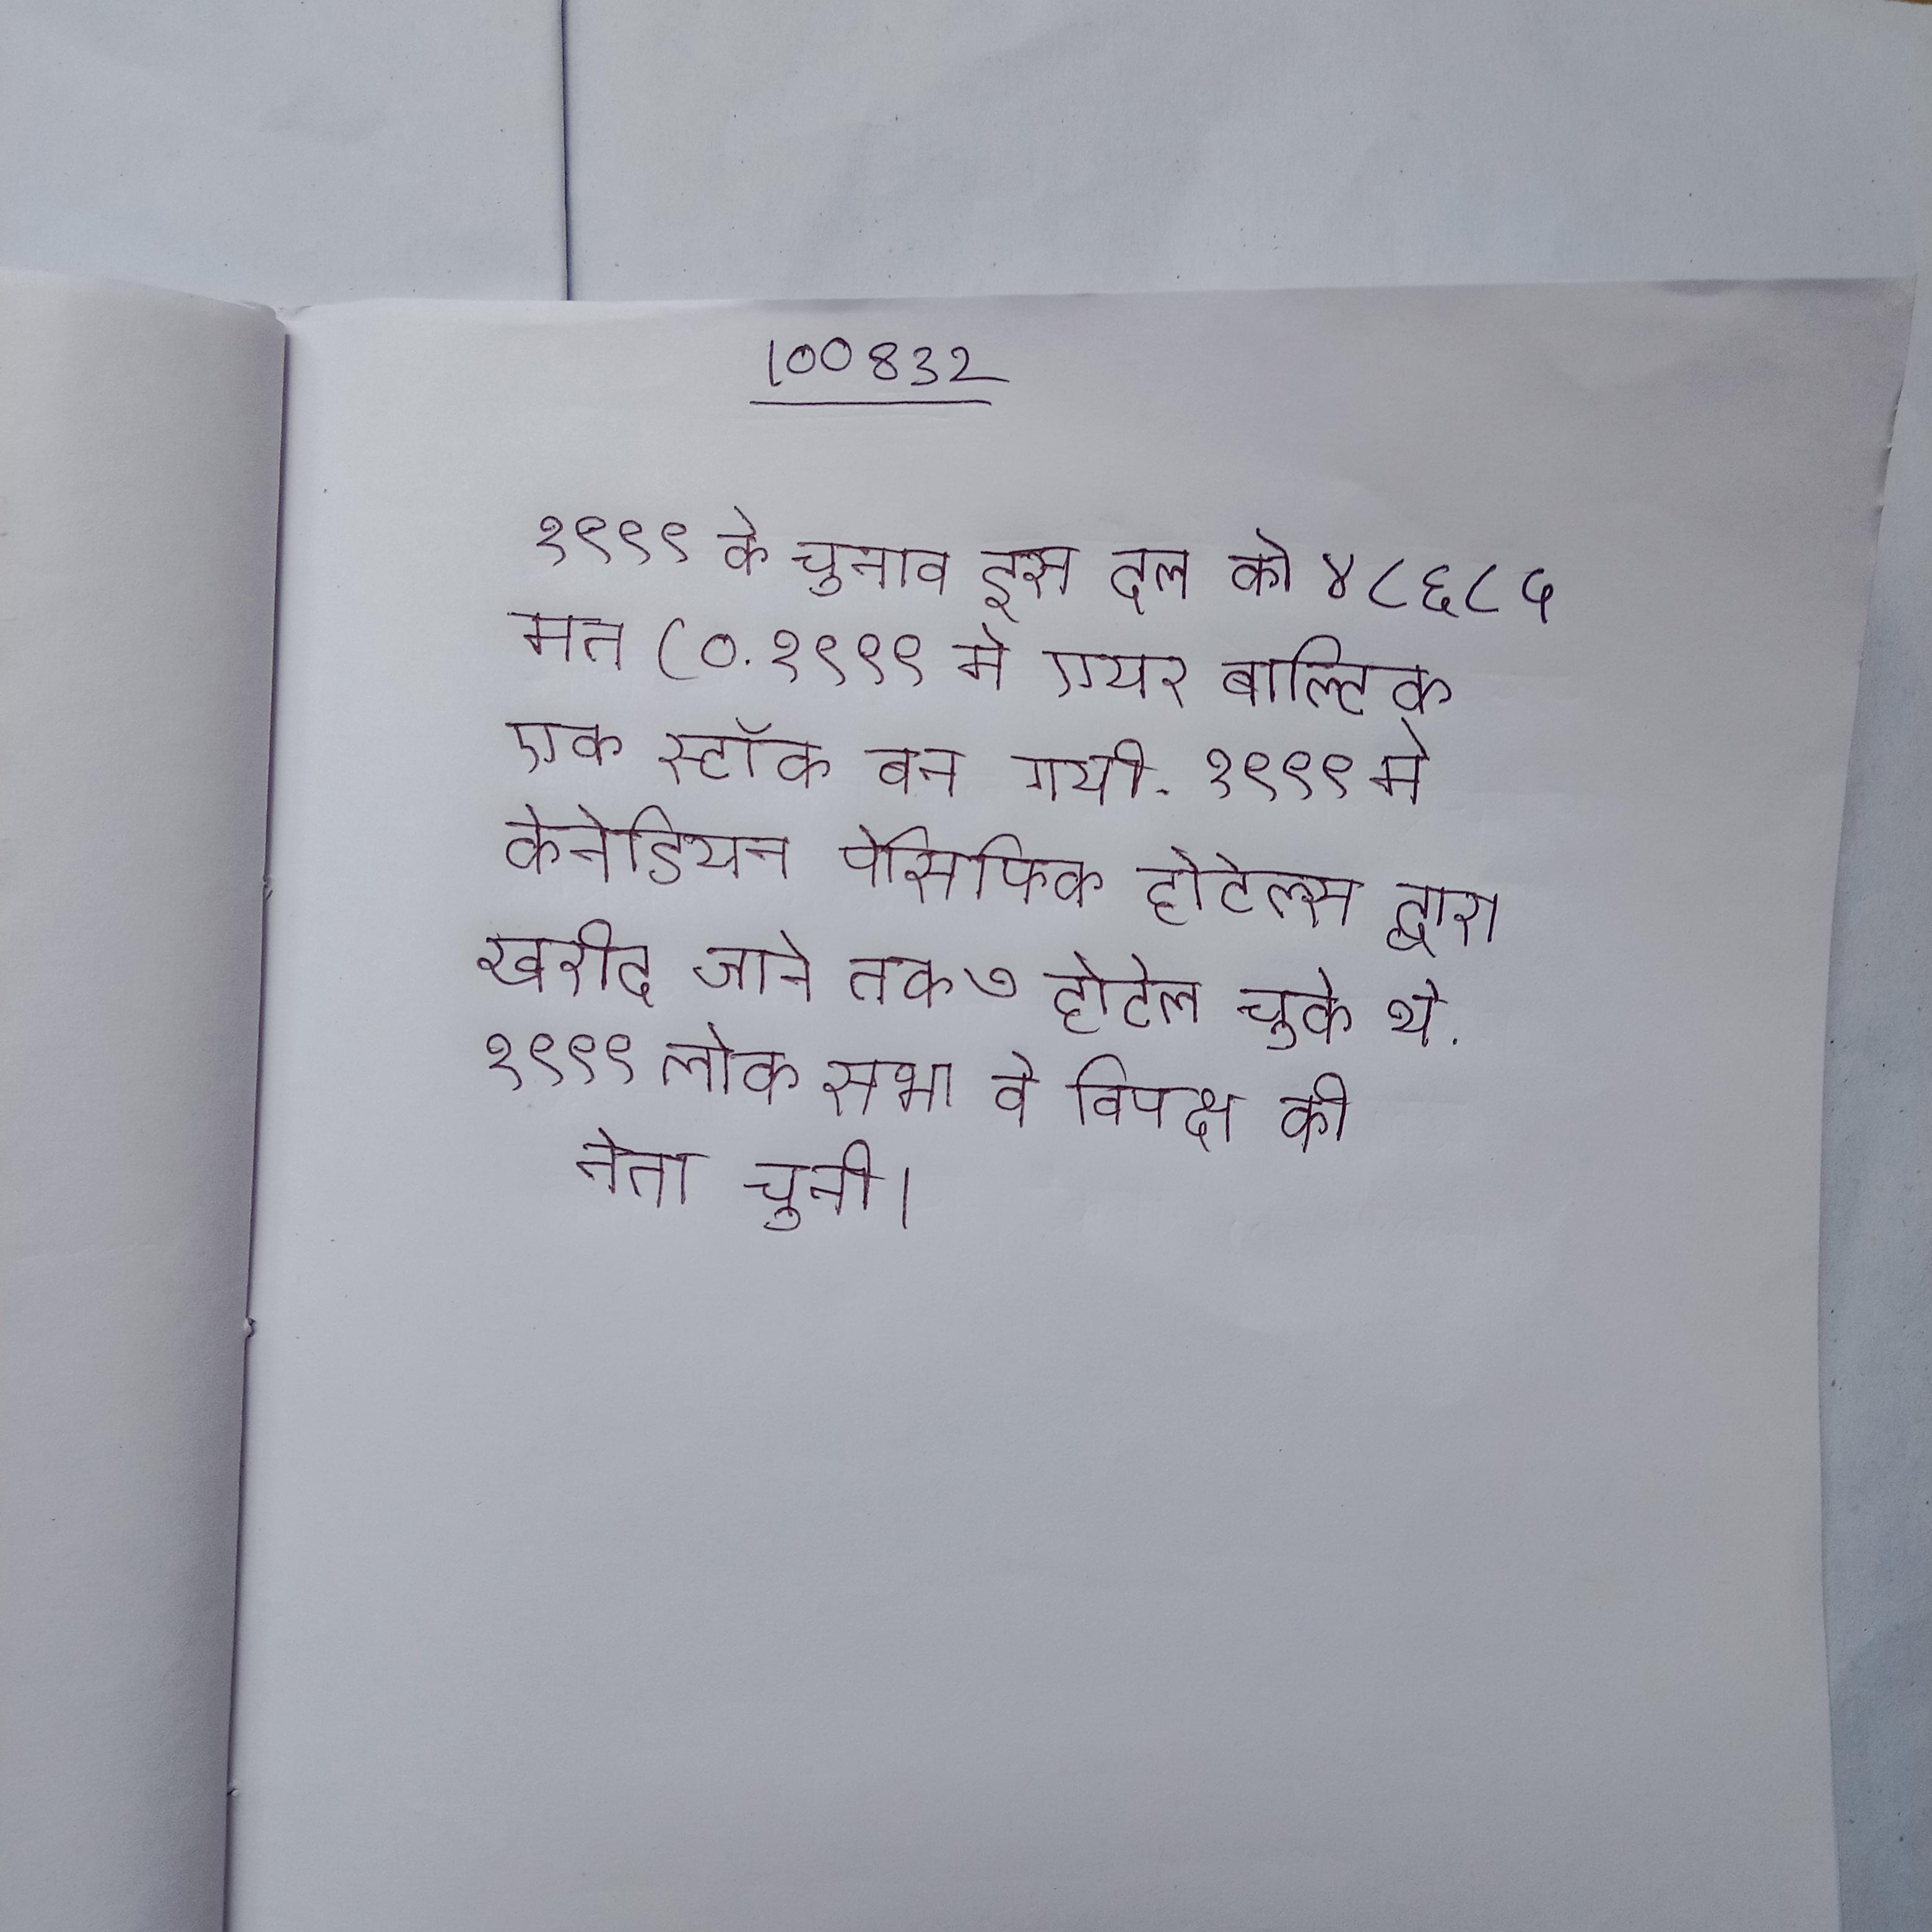
१९९९ के चुनाव इस दल को ४८६८५ मत (० . १९९९ मे एयर बाल्टिक एक स्टॉक बन गयी . १९९९ मे केनेडियन पेसिफिक होटेल्स द्वारा खरीदे जाने तक ७ होटेल चुके थे . १९९९ लोक सभा वे विपक्ष की नेता चुनी ।